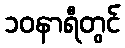
၁၀နာရီတွင်